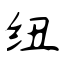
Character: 纽